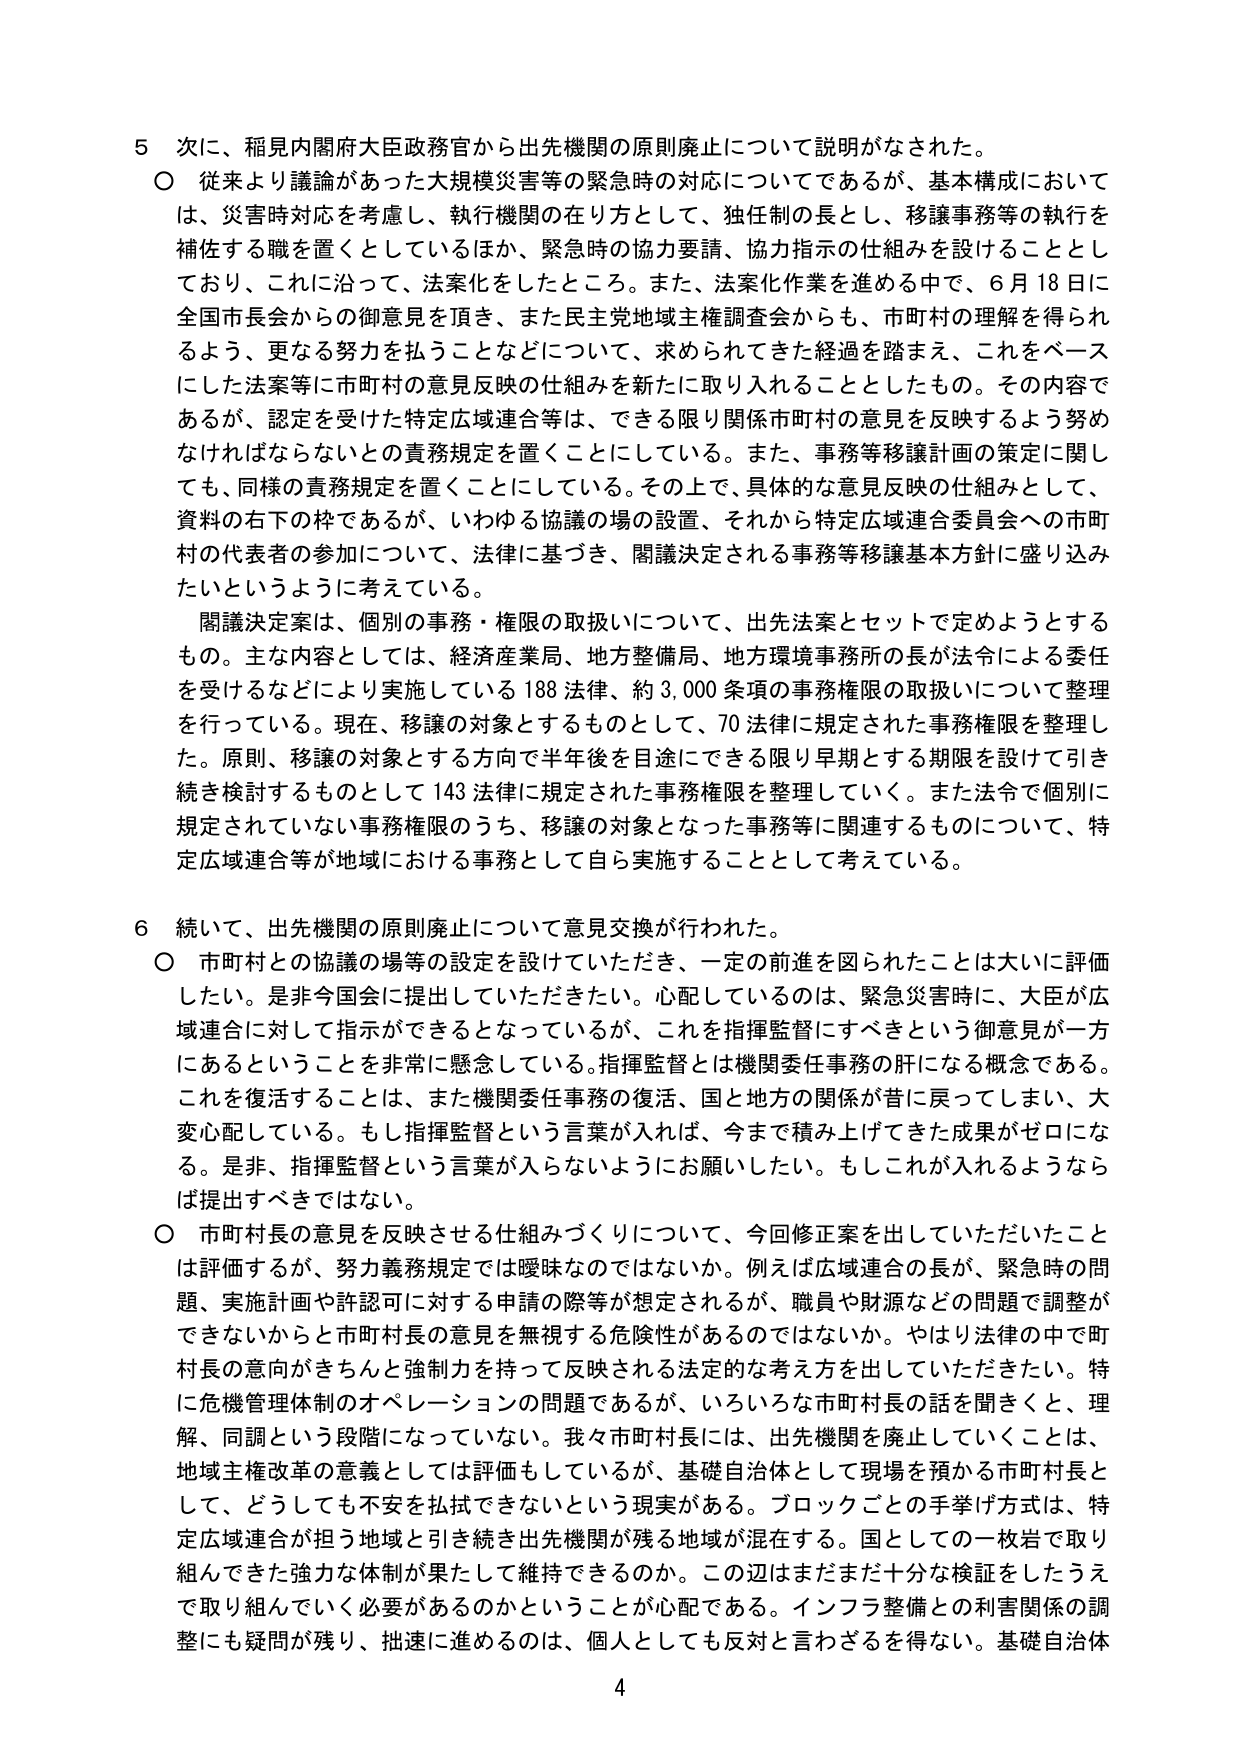
5 次に、稲見内閣府大臣政務官から出先機関の原則廃止について説明がなされた。
○ 従来より議論があった大規模災害等の緊急時の対応についてであるが、基本構成においては、災害時対応を考慮し、執行機関の在り方として、独任制の長とし、移譲事務等の執行を補佐する職を置くとしているほか、緊急時の協力要請、協力指示の仕組みを設けることとしており、これに沿って、法案化をしたところ。また、法案化作業を進める中で、6月18日に全国市長会からの御意見を頂き、また民主党地域主権調査会からも、市町村の理解を得られるよう、更なる努力を払うことなどについて、求められてきた経過を踏まえ、これをベースにした法案等に市町村の意見反映の仕組みを新たに取り入れることとしたもの。その内容であるが、認定を受けた特定広域連合等は、できる限り関係市町村の意見を反映するよう努めなければならないとの責務規定を置くこととしている。また、事務等移譲計画の策定に関しても、同様の責務規定を置くこととしている。その上で、具体的な意見反映の仕組みとして、資料の右下の枠であるが、いわゆる協議の場の設置、それから特定広域連合委員会への市町村の代表者の参加について、法律に基づき、閣議決定される事務等移譲基本方針に盛り込みたいというように考えている。
　閣議決定案は、個別の事務・権限の取扱いについて、出先法案とセットで定めようとするもの。主な内容としては、経済産業局、地方整備局、地方環境事務所の長が法令による委任を受けるなどにより実施している188法律、約3,000条項の事務権限の取扱いについて整理を行っている。現在、移譲の対象とするものとして、70法律に規定された事務権限を整理した。原則、移譲の対象とする方向で半年後を目途にできる限り早期とする期限を設けて引き続き検討するものとして143法律に規定された事務権限を整理していく。また法令で個別に規定されていない事務権限のうち、移譲の対象となった事務等に関連するものについて、特定広域連合等が地域における事務として自ら実施することとして考えている。

6 続いて、出先機関の原則廃止について意見交換が行われた。
○ 市町村との協議の場等の設定を設けていただき、一定の前進を図られたことは大いに評価したい。是非今国会に提出していただきたい。心配しているのは、緊急災害時に、大臣が広域連合に対して指示ができるとなっているが、これを指揮監督にすべきという御意見が一方にあるということを非常に懸念している。指揮監督とは機関委任事務の肝になる概念である。これを復活することは、また機関委任事務の復活、国と地方の関係が昔に戻ってしまい、大変心配している。もし指揮監督という言葉が入れば、今まで積み上げてきた成果がゼロになる。是非、指揮監督という言葉が入らないようにお願いしたい。もしこれが入れるようならば提出すべきではない。
○ 市町村長の意見を反映させる仕組みづくりについて、今回修正案を出していただいたことは評価するが、努力義務規定では曖昧なのではないか。例えば広域連合の長が、緊急時の問題、実施計画や許認可に対する申請の際等が想定されるが、職員や財源などの問題で調整ができないからと市町村長の意見を無視する危険性があるのではないか。やはり法律の中で町村長の意向がきちんと強制力を持って反映される法定的な考え方を出していただきたい。特に危機管理体制のオペレーションの問題であるが、いろいろな市町村長の話を聞くと、理解、同調という段階になっていない。我々市町村長には、出先機関を廃止していくことは、地域主権改革の意義としては評価もしているが、基礎自治体として現場を預かる市町村長として、どうしても不安を払拭できないという現実がある。ブロックごとの手挙げ方式は、特定広域連合が担う地域と引き続き出先機関が残る地域が混在する。国としての一枚岩で取り組んできた強力な体制が果たして維持できるのか。この辺はまだまだ十分な検証をしたうえで取り組んでいく必要があるのかということが心配である。インフラ整備との利害関係の調整にも疑問が残り、拙速に進めるのは、個人としても反対と言わざるを得ない。基礎自治体

4